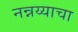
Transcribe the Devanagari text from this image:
नन्नय्याचा